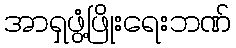
အာရှဖွံ့ဖြိုးရေးဘဏ်